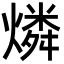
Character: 燐